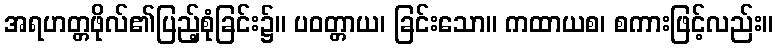
အရဟတ္တဖိုလ်၏ပြည့်စုံခြင်း၌။ ပဝတ္တာယ၊ ခြင်းသော။ ကထာယစ၊ စကားဖြင့်လည်း။